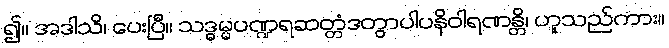
၍။ အဒါသိ၊ ပေးပြီ။ သဒ္ဓမ္မပဏ္ဍရဆတ္တံဒတွာပါပနိဝါရဏန္တိ၊ ဟူသည်ကား။